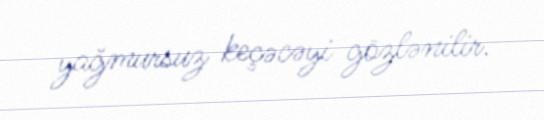
yağmursuz keçəcəyi gözlənilir.